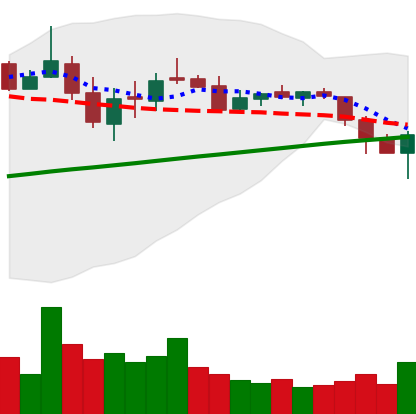
Ticker: LTC-USD
Chart end date: 2018-03-09
Forward return: -13.927%
Label: down_7plus